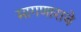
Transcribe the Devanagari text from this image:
मागणाराचे